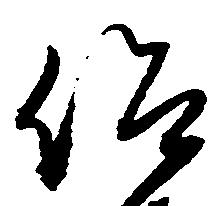
仰